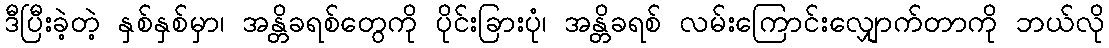
ဒီပြီးခဲ့တဲ့ နှစ်နှစ်မှာ၊ အန္တိခရစ်တွေကို ပိုင်းခြားပုံ၊ အန္တိခရစ် လမ်းကြောင်းလျှောက်တာကို ဘယ်လို